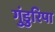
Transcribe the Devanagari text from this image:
गुंडुरिपा